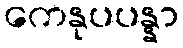
ကေနုပပန္နာ